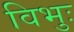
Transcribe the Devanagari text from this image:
विभुः